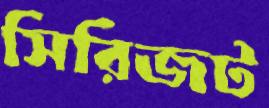
সিরিজট